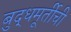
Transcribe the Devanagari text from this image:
बुद्धमूर्तीची